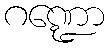
ဂဏ္ဍော